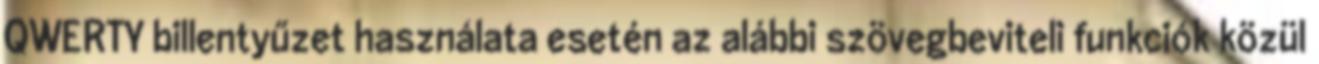
QWERTY billentyűzet használata esetén az alábbi szövegbeviteli funkciók közül